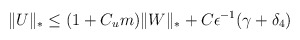
\begin{align*}\Vert U \Vert_* \le (1+C_{u}m)\Vert W \Vert_* + C\epsilon^{-1}(\gamma+ \delta_4)\end{align*}